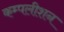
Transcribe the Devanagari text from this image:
कम्पलीशन